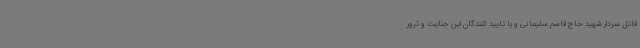
قاتل سردار شهید حاج قاسم سلیمانی و با تایید کنندگان این جنایت و ترور